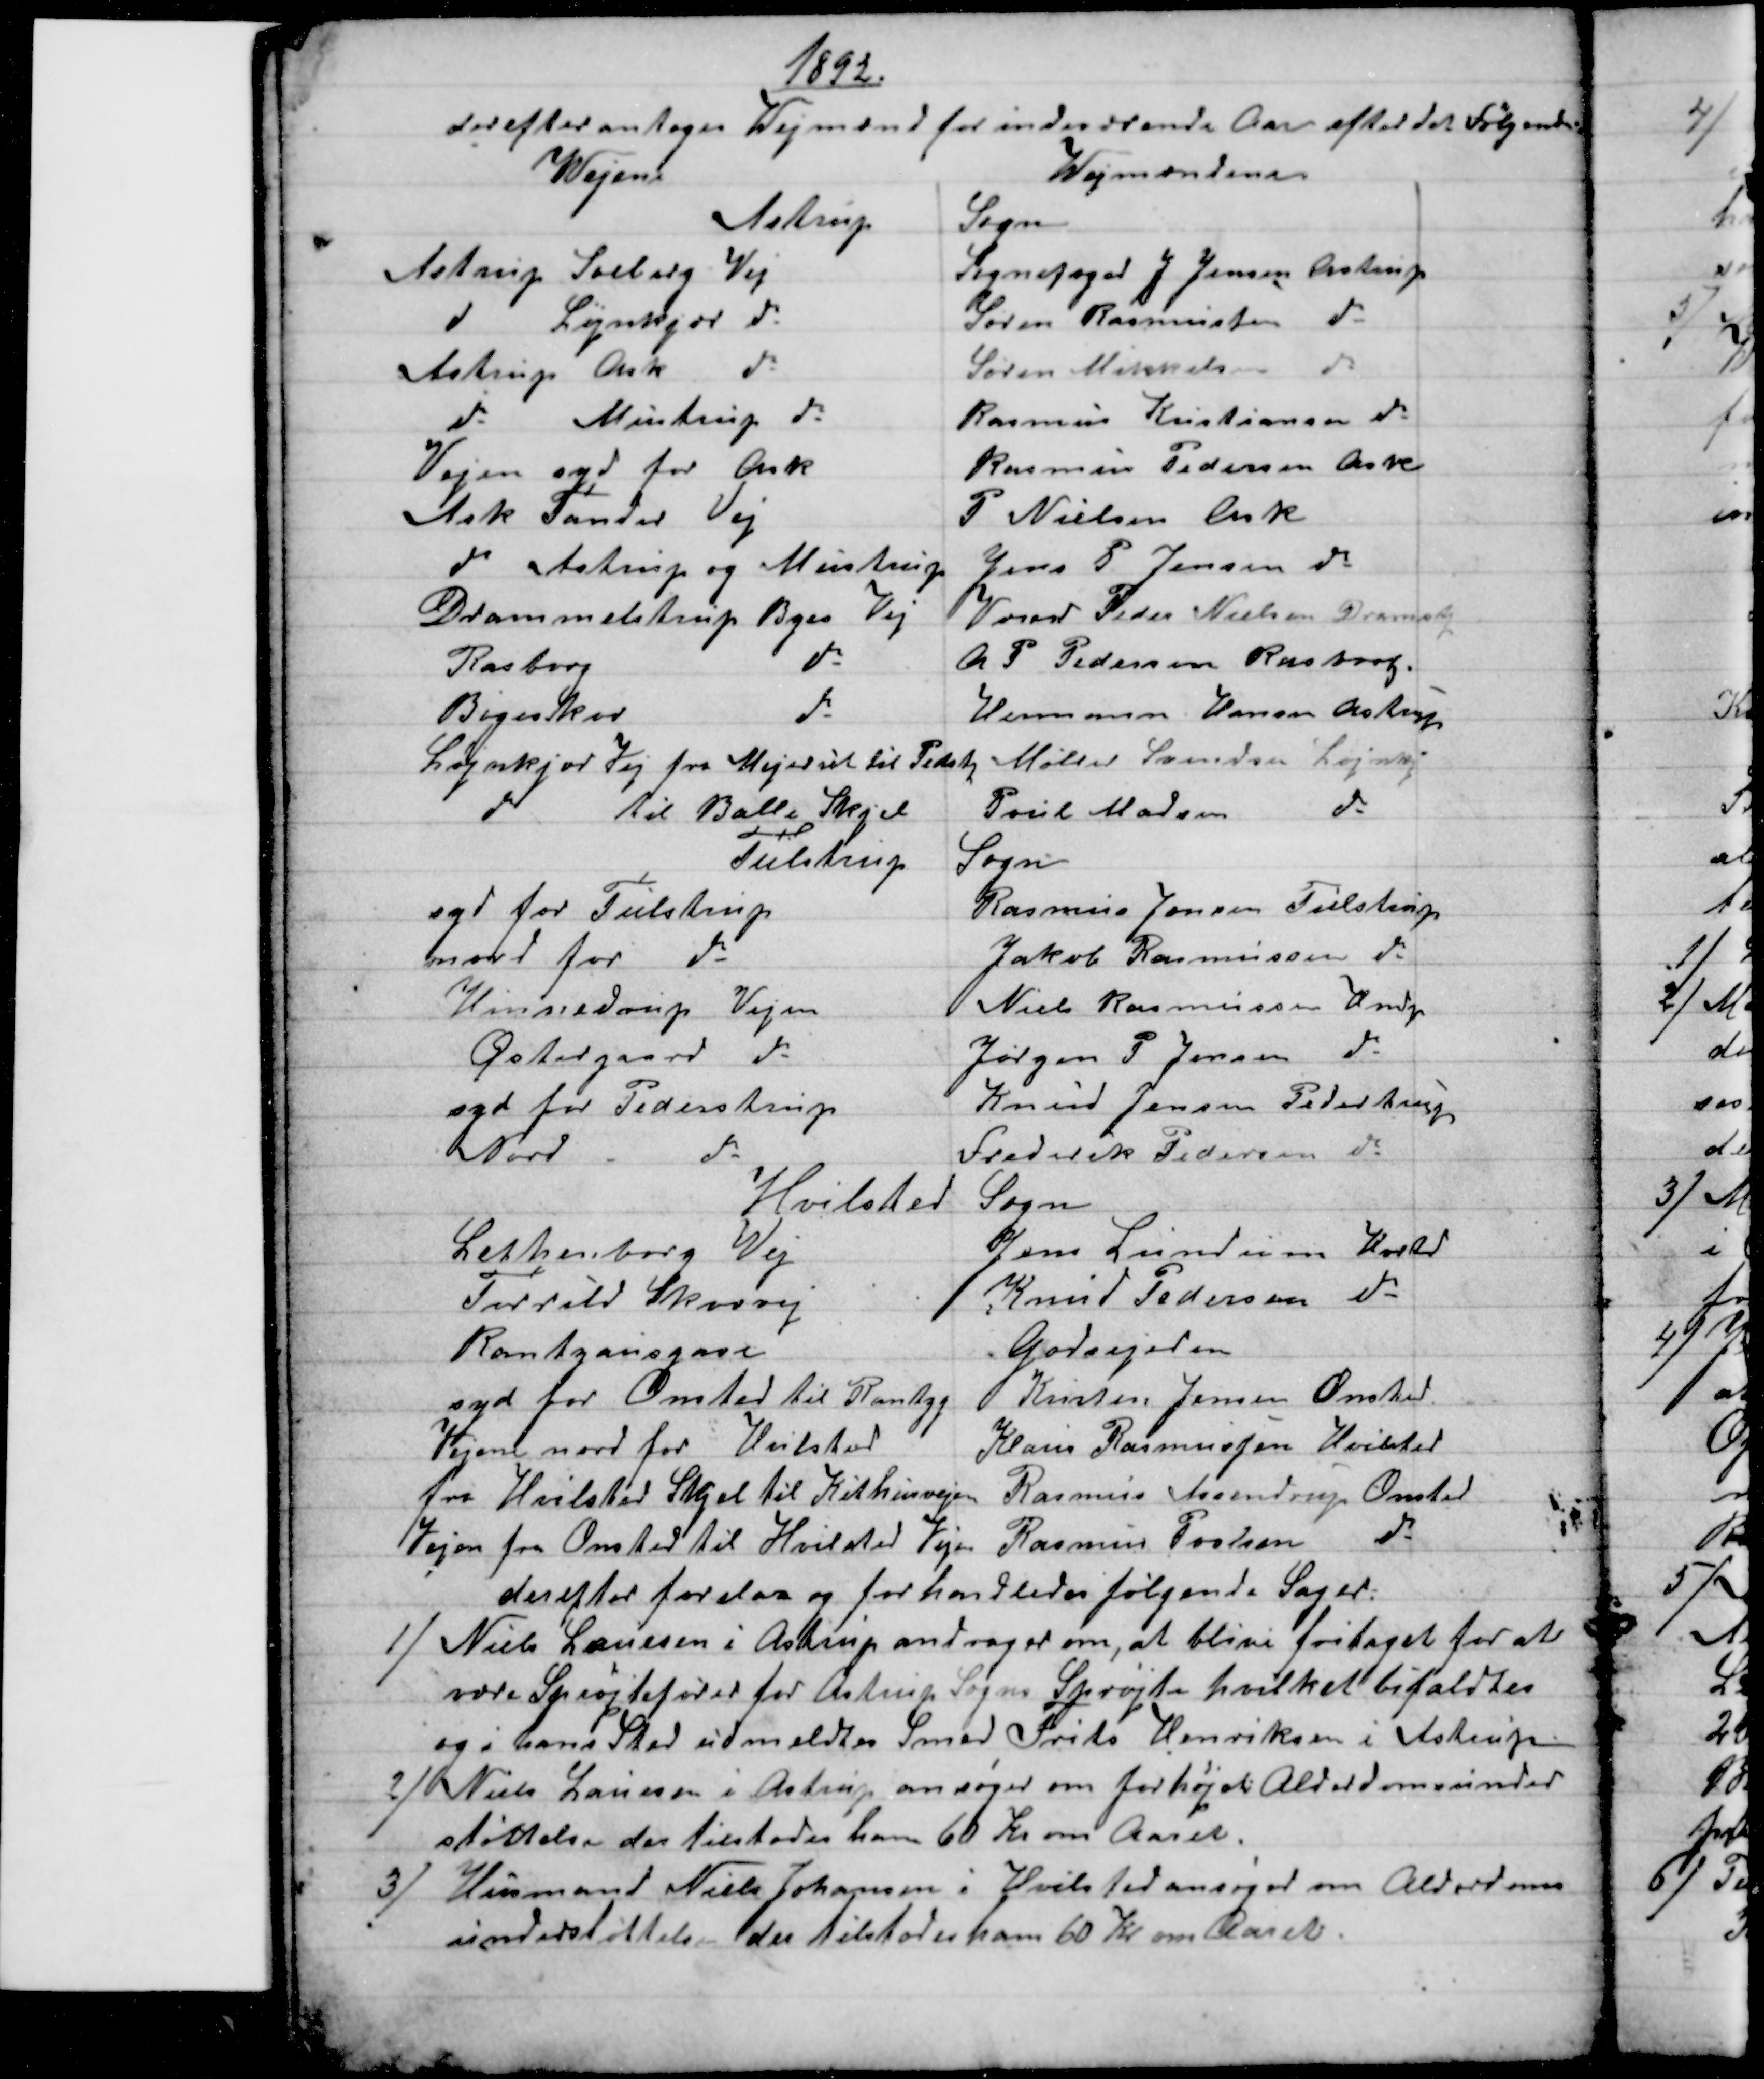
Transskription:
1892.
derefter antoges Wejmænd for indeværende Aar efter det Følgende
Wejene
Wejmændene
Astrup Sogn
Astrup Soelberg Vej
Sognefoged J. Jensen, Astrup
do
Løjnkjær do
Søren Rasmussen do
Astrup Ask 
do
Søren Mikkelsen 
do
do
Mustrup do
Rasmus Kristiansen do
Vejen syd for Ask
Rasmus Pedersen Ask
Ask Tander Vej
P Nielsen Ask
do Astrup og Mustrup
Jens P. Jensen do
Drammelstrup Byes Vej
Væver Peder Nielsen Dramstp.
Rasborg 
do
A. P. Pedersen Rasborg
Bøgeskov 
do
Hermann Hansen Astrup
Løjnkjær Vej fra Mejeriet til Pedstp
Møller Svendsen Løjnkj
do
til Balle Skjel
Poul Madsen 
do
Tulstrup Sogn
syd for Tulstrup
Rasmus Jensen Tulstrup
nord for do
Jakob Rasmussen do
Hinnedrup Vejen
Niels Rasmussen Hndp
Østergaard do
Jørgen P. Jensen do
syd for Pederstrup
Knud Jensen Pederstrup
Nord -
do
Frederik Pedersen do
Hvilsted Sogn
Lethenborg Vej
Jens Lundum Hvstd
Torrild Skovvej
Knud Pedersen do
Rantzausgave
Godsejeren
syd for Onsted til Rantzg
Kristen Jensen Onsted.
Vejene nord for Hvilsted
Klaus Rasmussen Hvilsted
fra Hvilsted Skjel til Kithusvejen 
 Rasmus Assendrup Onsted
Vejen fra Onsted til Hvilsted Vejen 
 Rasmus Poulsen do
derefter forelaa og forhandledes følgende Sager:
1)
Niels Laursen i Astrup andrager om, at blive fritaget for at
være Sprøjtefører for Astrup Sogns Sprøjte hvilket bifaldtes
og i hans Sted udmeldtes Smed Frits Henriksen i Astrup
2)
Niels Laursen i Astrup ansøger om forhøjet Alderdomsunder
støttelse der tilstodes ham 60 Kr om Aaret.
3) 
Husmand Niels Johansen i Hvilsted ansøger om Alderdoms-
understøttelse der tilstodes ham 60 Kr om Aaret.